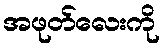
အဖုတ်လေးကို